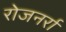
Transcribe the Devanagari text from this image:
रोजनर्रा